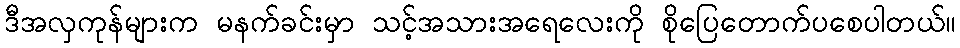
ဒီအလှကုန်များက မနက်ခင်းမှာ သင့်အသားအရေလေးကို စိုပြေတောက်ပစေပါတယ်။